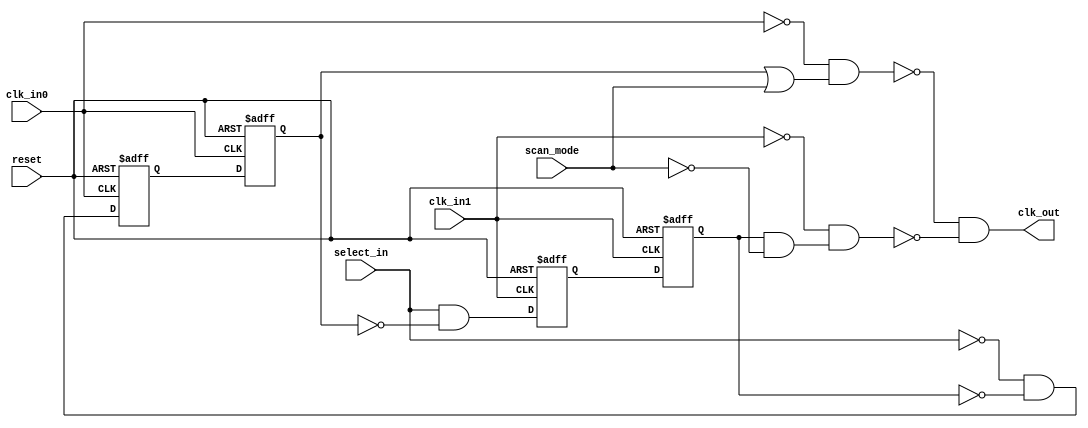
module  omsp_clock_mux (

// OUTPUTs
    clk_out,                   // Clock output

// INPUTs
    clk_in0,                   // Clock input 0
    clk_in1,                   // Clock input 1
    reset,                     // Reset
    scan_mode,                 // Scan mode (clk_in0 is selected in scan mode)
    select_in                  // Clock selection
);

// OUTPUTs
//=========
output         clk_out;        // Clock output

// INPUTs
//=========
input          clk_in0;        // Clock input 0
input          clk_in1;        // Clock input 1
input          reset;          // Reset
input          scan_mode;      // Scan mode (clk_in0 is selected in scan mode)
input          select_in;      // Clock selection


//===========================================================================================================================//
// 1)  CLOCK MUX                                                                                                             //
//===========================================================================================================================//
//                                                                                                                           //
//    The following (glitch free) clock mux is implemented as following:                                                     //
//                                                                                                                           //
//                                                                                                                           //
//                                                                                                                           //
//                                                                                                                           //
//                                   +-----.     +--------+   +--------+                                                     //
//    select_in >>----+-------------O|      \    |        |   |        |          +-----.                                    //
//                    |              |       |---| D    Q |---| D    Q |--+-------|      \                                   //
//                    |     +-------O|      /    |        |   |        |  |       |       |O-+                               //
//                    |     |        +-----'     |        |   |        |  |   +--O|      /   |                               //
//                    |     |                    |   /\   |   |   /\   |  |   |   +-----'    |                               //
//                    |     |                    +--+--+--+   +--+--+--+  |   |              |                               //
//                    |     |                        O            |       |   |              |                               //
//                    |     |                        |            |       |   |              |  +-----.                      //
//       clk_in0 >>----------------------------------+------------+-----------+              +--|      \                     //
//                    |     |                                             |                     |       |----<< clk_out      //
//                    |     |     +---------------------------------------+                  +--|      /                     //
//                    |     |     |                                                          |  +-----'                      //
//                    |     +---------------------------------------------+                  |                               //
//                    |           |                                       |                  |                               //
//                    |           |  +-----.     +--------+   +--------+  |                  |                               //
//                    |           +-O|      \    |        |   |        |  |       +-----.    |                               //
//                    |              |       |---| D    Q |---| D    Q |--+-------|      \   |                               //
//                    +--------------|      /    |        |   |        |          |       |O-+                               //
//                                   +-----'     |        |   |        |      +--O|      /                                   //
//                                               |   /\   |   |   /\   |      |   +-----'                                    //
//                                               +--+--+--+   +--+--+--+      |                                              //
//                                                   O            |           |                                              //
//                                                   |            |           |                                              //
//       clk_in1 >>----------------------------------+------------+-----------+                                              //
//                                                                                                                           //
//                                                                                                                           //
//===========================================================================================================================//

//-----------------------------------------------------------------------------
// Wire declarations
//-----------------------------------------------------------------------------

wire in0_select;
reg  in0_select_s;
reg  in0_select_ss;
wire in0_enable;

wire in1_select;
reg  in1_select_s;
reg  in1_select_ss;
wire in1_enable;

wire clk_in0_inv;
wire clk_in1_inv;
wire clk_in0_scan_fix_inv;
wire clk_in1_scan_fix_inv;
wire gated_clk_in0;
wire gated_clk_in1;

//-----------------------------------------------------------------------------
// Optional scan repair for neg-edge clocked FF
//-----------------------------------------------------------------------------
`ifdef SCAN_REPAIR_INV_CLOCKS
   omsp_scan_mux scan_mux_repair_clk_in0_inv (.scan_mode(scan_mode), .data_in_scan(clk_in0), .data_in_func(~clk_in0), .data_out(clk_in0_scan_fix_inv));
   omsp_scan_mux scan_mux_repair_clk_in1_inv (.scan_mode(scan_mode), .data_in_scan(clk_in1), .data_in_func(~clk_in1), .data_out(clk_in1_scan_fix_inv));
`else
   assign clk_in0_scan_fix_inv = ~clk_in0;
   assign clk_in1_scan_fix_inv = ~clk_in1;
`endif

//-----------------------------------------------------------------------------
// CLK_IN0 Selection
//-----------------------------------------------------------------------------

assign in0_select = ~select_in & ~in1_select_ss;

always @ (posedge clk_in0_scan_fix_inv or posedge reset)
  if (reset) in0_select_s  <=  1'b1;
  else       in0_select_s  <=  in0_select;

always @ (posedge clk_in0              or posedge reset)
  if (reset) in0_select_ss <=  1'b1;
  else       in0_select_ss <=  in0_select_s;

assign in0_enable = in0_select_ss | scan_mode;


//-----------------------------------------------------------------------------
// CLK_IN1 Selection
//-----------------------------------------------------------------------------

assign in1_select =  select_in & ~in0_select_ss;

always @ (posedge clk_in1_scan_fix_inv or posedge reset)
  if (reset) in1_select_s  <=  1'b0;
  else       in1_select_s  <=  in1_select;

always @ (posedge clk_in1     or posedge reset)
  if (reset) in1_select_ss <=  1'b0;
  else       in1_select_ss <=  in1_select_s;

assign in1_enable = in1_select_ss & ~scan_mode;


//-----------------------------------------------------------------------------
// Clock MUX
//-----------------------------------------------------------------------------
//
// IMPORTANT NOTE:
//                  Because the clock network is a critical part of the design,
//                 the following combinatorial logic should be replaced with
//                 direct instanciation of standard cells from target library.
//                  Don't forget the "dont_touch" attribute to make sure
//                 synthesis won't mess it up.
//

// Replace with standard cell INVERTER
assign clk_in0_inv   = ~clk_in0;
assign clk_in1_inv   = ~clk_in1;

// Replace with standard cell NAND2
assign gated_clk_in0 = ~(clk_in0_inv & in0_enable);
assign gated_clk_in1 = ~(clk_in1_inv & in1_enable);


// Replace with standard cell AND2
assign clk_out       =  (gated_clk_in0 & gated_clk_in1);



endmodule